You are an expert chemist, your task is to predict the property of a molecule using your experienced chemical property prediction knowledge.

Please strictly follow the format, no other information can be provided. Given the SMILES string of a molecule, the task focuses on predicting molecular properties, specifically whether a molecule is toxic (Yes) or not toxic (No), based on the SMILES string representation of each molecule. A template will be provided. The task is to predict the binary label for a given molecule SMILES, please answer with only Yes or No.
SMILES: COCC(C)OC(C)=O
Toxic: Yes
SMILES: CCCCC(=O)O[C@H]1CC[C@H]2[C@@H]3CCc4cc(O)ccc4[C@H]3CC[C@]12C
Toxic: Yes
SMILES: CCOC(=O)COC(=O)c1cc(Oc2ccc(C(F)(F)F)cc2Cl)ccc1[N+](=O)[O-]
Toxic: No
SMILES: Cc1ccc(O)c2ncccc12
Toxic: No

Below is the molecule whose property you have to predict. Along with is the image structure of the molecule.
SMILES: Cc1ccccc1C(=O)Nc1ccc(C(=O)N2CCCC(N(C)C)c3ccccc32)cc1
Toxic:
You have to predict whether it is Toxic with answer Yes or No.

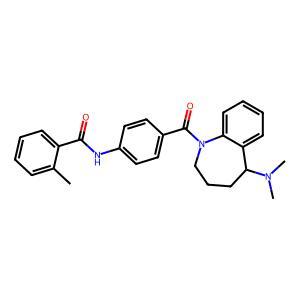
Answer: No